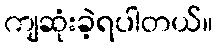
ကျဆုံးခဲ့ရပါတယ်။